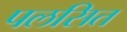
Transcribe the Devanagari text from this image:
पलसित